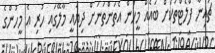
ޗައިނާ ފްލެޓްތަކަށް ބައެއް މީހުން އެތަންތަނަށް ދިޔައީ މާލޭގައި ހުރި އެ މީހުންގެ